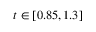
t \in [ 0 . 8 5 , 1 . 3 ]